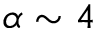
\alpha \sim 4